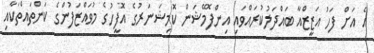
އެ އަށް ފަހު އަޒީޒްއާ ބައްދަލުކުރައްވައި އިންފޮމޭޝަން ކޮމިޝަނަރުގެ އޮފީހުގެ މުވައްޒަފުންގެ ކަންތައްތަކާއި